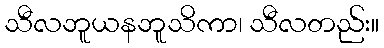
သီလဘူယနဘူသိကာ၊ သီလတည်း။